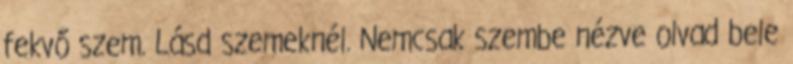
fekvő szem. Lásd szemeknél. Nemcsak szembe nézve olvad bele